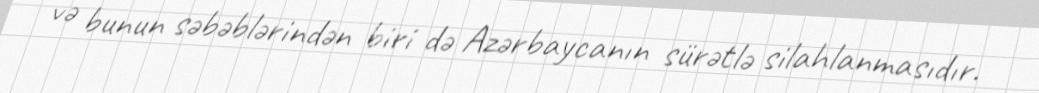
və bunun səbəblərindən biri də Azərbaycanın sürətlə silahlanmasıdır.